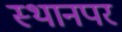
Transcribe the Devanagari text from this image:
स्‍थानपर